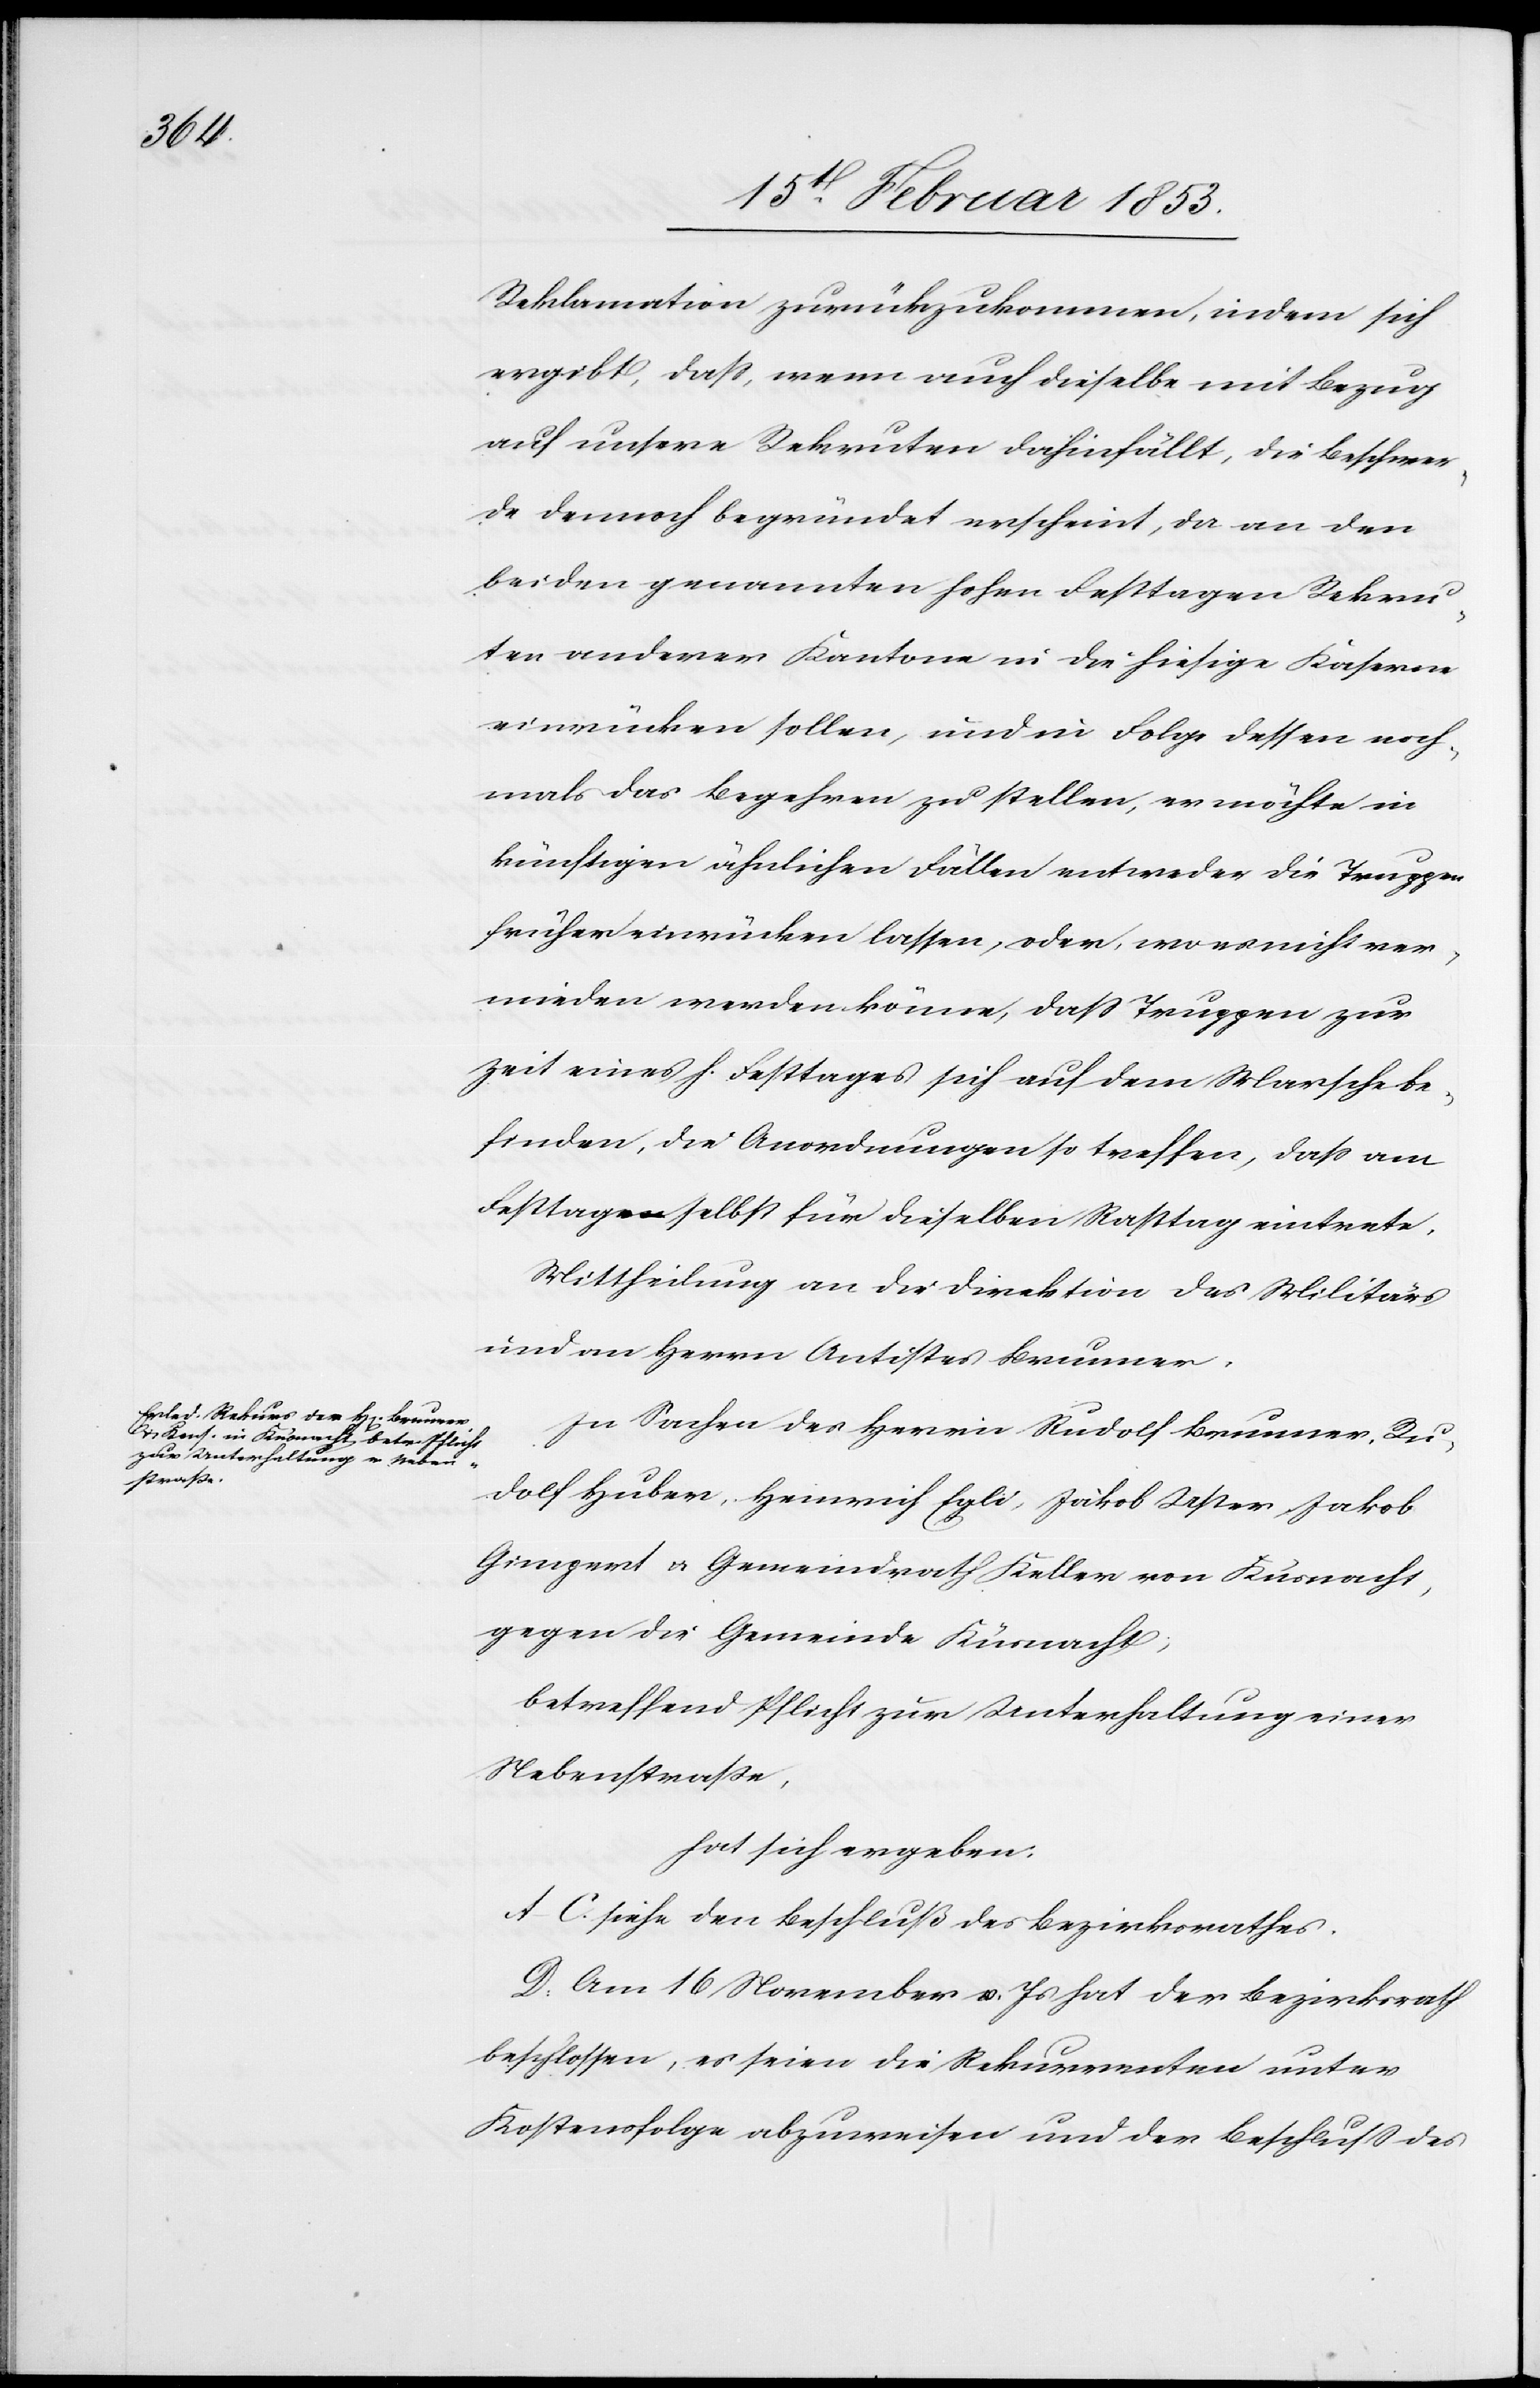
Reklamation zurückzukommen, indem sich
ergibt, daß, wenn auch dieselbe mit Bezug
auf unsere Rekruten dahinfällt, die Beschwer¬
de dennoch begründet erscheint, da an den
beiden genannnten hohen Festtagen Rekru¬
ten anderer Kantone in die hiesige Kaserne
einrücken sollen, und in Folge dessen noch¬
mals das Begehren zu stellen, er möchte in
künftigen ähnlichen Fällen entweder die Truppen
früher einrücken lassen, oder, wo es nicht ver¬
mieden werden könne, daß Truppen zur
Zeit eines h. Festtages sich auf dem Marsche be¬
finden, die Anordnungen so treffen, daß am
Festtage selbst für dieselben Rasttag eintrete.
Mittheilung an die Direktion des Militärs
und an Herrn Antistes Brunner.
In Sachen des Herrn Rudolf Brunner, Ru¬
dolf Huber, Heinrich Egli, Jakob Uster, Jakob
Gimpert u. Gemeindrath Keller von Küsnacht,
gegen die Gemeinde Küsnacht,
betreffend Pflicht zur Unterhaltung einer
Nebenstraße,
hat sich ergeben:
A–C. siehe den Beschluß des Bezirksrathes.
D. Am 16 November v. Js. hat der Bezirksrath
beschlossen, es seien die Rekurrenten unter
Kostensfolge abzuweisen und der Beschluß des